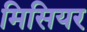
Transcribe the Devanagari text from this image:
मिसियर